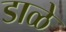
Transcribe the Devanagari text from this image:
डाळे